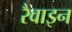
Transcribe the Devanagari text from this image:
रैवाइन